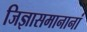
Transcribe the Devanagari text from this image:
जिज्ञासमानानां